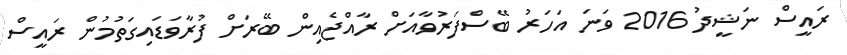
ރައީސް ނަޝީދު 2016 ވަނަ އަހަރު ބޭސްފަރުވާއަށް ރާއްޖެއިން ބޭރަށް ފުރާވަޑައިގަތުމުން ރައީސް